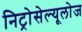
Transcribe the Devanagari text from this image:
निट्रोसेल्यूलोज